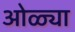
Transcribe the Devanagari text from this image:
ओळ्या